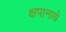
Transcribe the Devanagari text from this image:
क्षपानाथे